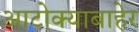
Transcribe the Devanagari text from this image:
आटोक्याबाहेर